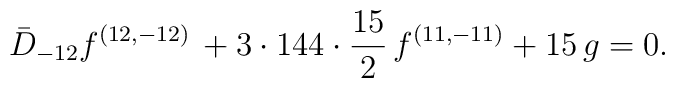
{\bar D_{-12} f^{(12,-12)} \, + 3\cdot 144 \cdot {15\over 2} \,f^{(11,-11)} + 15   \,g =0.}